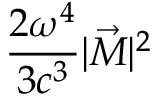
\frac { 2 \omega ^ { 4 } } { 3 c ^ { 3 } } | \vec { M } | ^ { 2 }